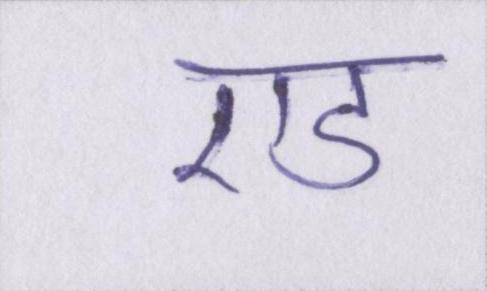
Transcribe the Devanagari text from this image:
एड